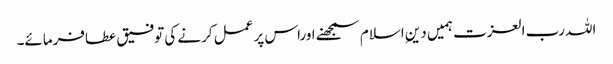
اللہ رب العزت ہمیں دینِ اسلام سمجھنے اوراس پر عمل کرنے کی توفیق عطافرمائے۔